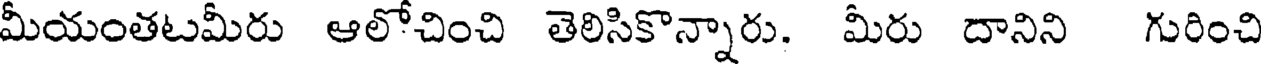
మీయంతటమీరు ఆలోచించి తెలిసికొన్నారు. మీరు దానిని గురించి